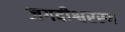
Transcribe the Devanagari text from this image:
जगदीश्वरस्य